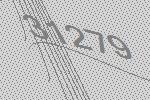
31279